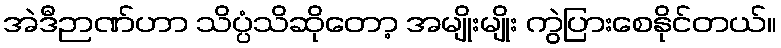
အဲဒီဉာဏ်ဟာ သိပ္ပံသိဆိုတော့ အမျိုးမျိုး ကွဲပြားစေနိုင်တယ်။